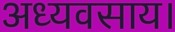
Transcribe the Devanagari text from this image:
अध्यवसाय।